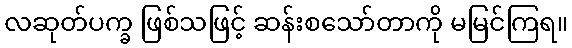
လဆုတ်ပက္ခ ဖြစ်သဖြင့် ဆန်းစသော်တာကို မမြင်ကြရ။